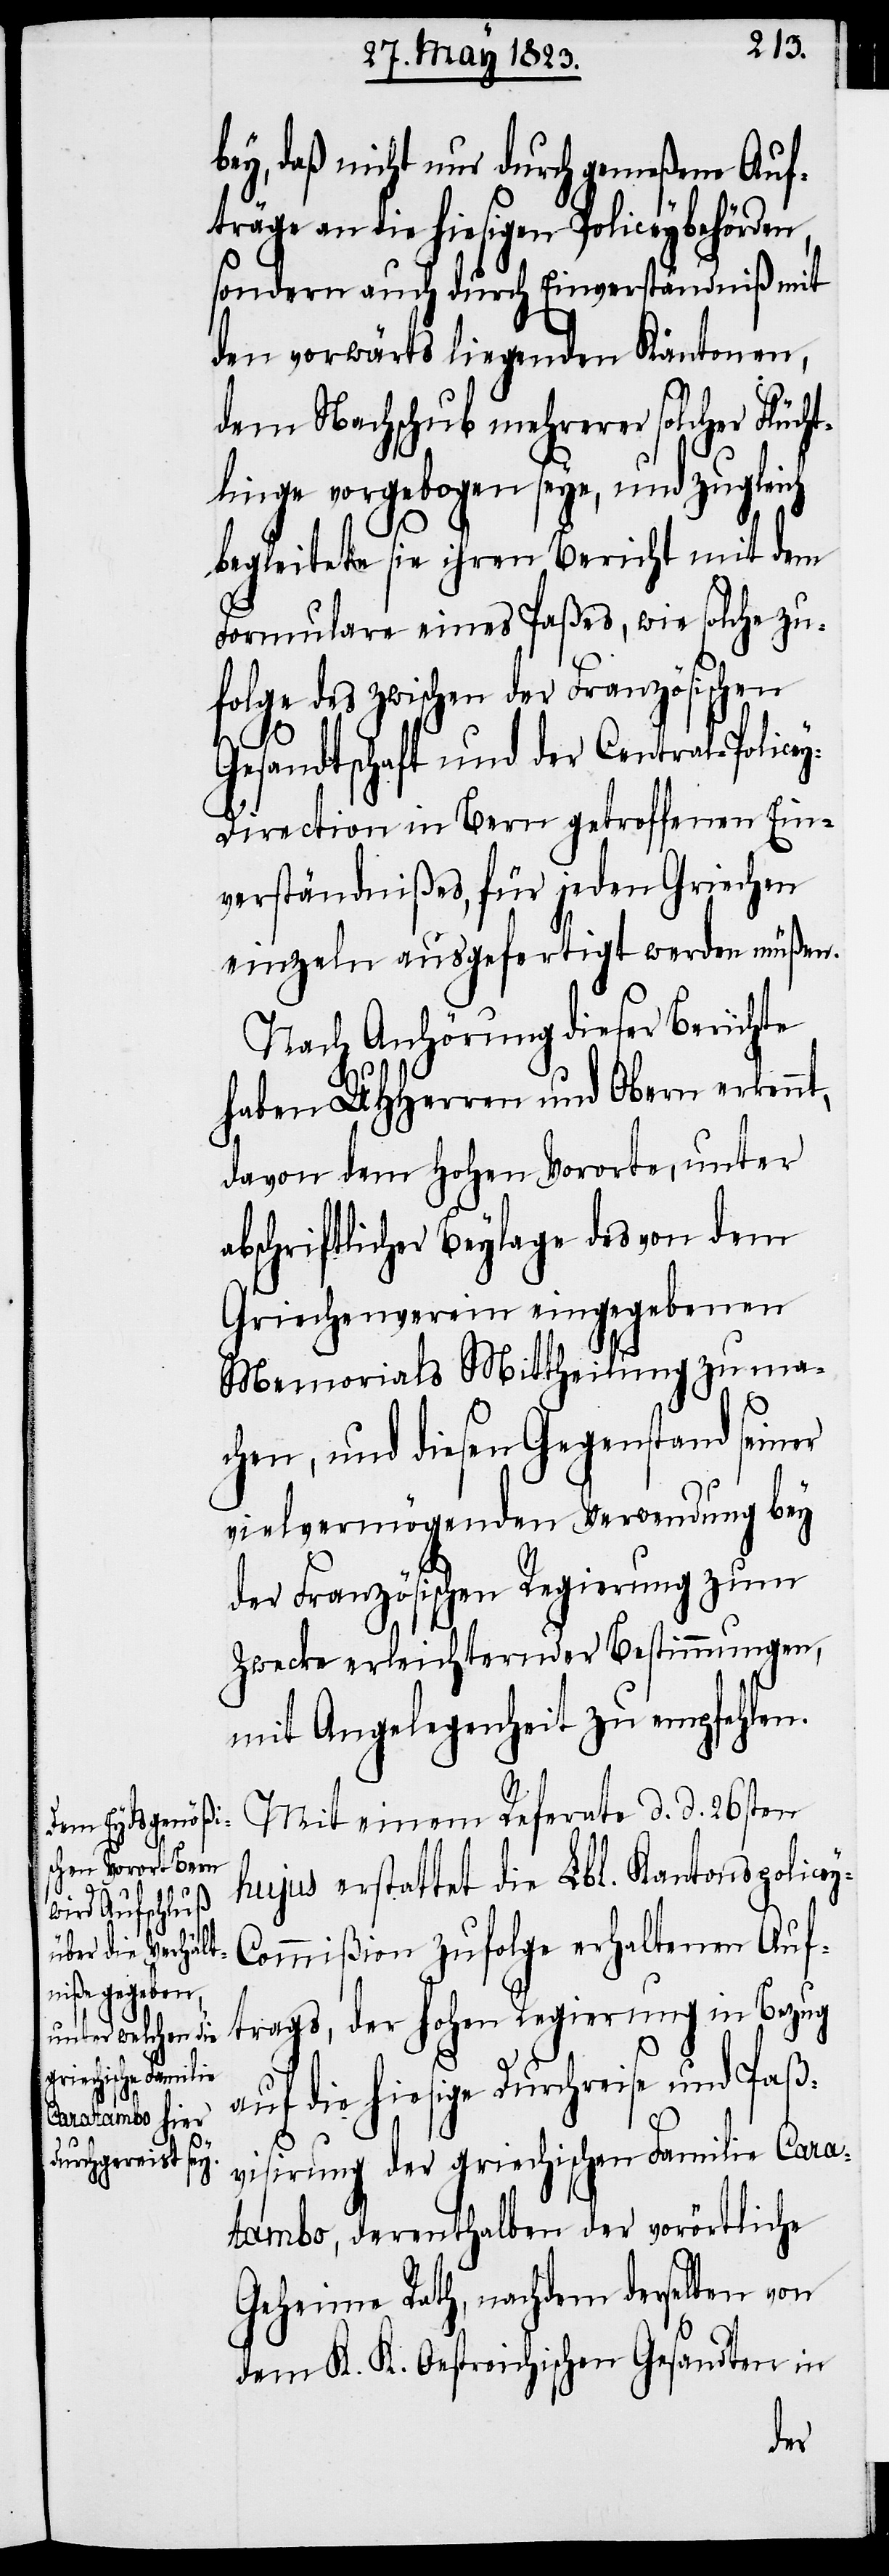
y-C¬

bey, daß nicht nur durch gemeßene Auf¬
träge an die hiesigen Policeybehörden,
sondern auch durch Einverständniß mit
den vorwärts liegenden Kantonen,
dem Nachschub mehrerer solcher Flüch¬
tlinge vorgebogen seye, und zugleich
begleitete sie ihren Bericht mit dem
Formulare eines Paßes, wie solche zu¬
folge des zwischen der Französischen
Gesandtschaft und der Central-Police¬
y-Direction in Bern getroffenen Ein¬
verständnißes, für jeden Griechen
einzeln ausgefertigt werden müßen.
Nach Anhörung dieser Berichte
haben UHHerren und Obern erkennt,
davon dem Hohen Vororte, unter
abschriftlicher Beylage des von dem
Griechenverein eingegebenen
Memorials Mittheilung zu ma¬
chen, und diesen Gegenstand seiner
vielvermögenden Verwendung bey
der Französischen Regierung zum
Zwecke erleichternder Bestimmungen,
mit Angelegenheit zu empfehlen.
Mit einem Referate d. d. 26sten
hujus erstattet die Lbl. Kantonspolice¬
ommißion zufolge erhaltenen Auf¬
trags, der hohen Regierung in Bezug
auf die hiesige Durchreise und Paß¬
visirung der griechischen Familie Cara¬
tambo, derenthalben der vorörtliche
Geheime Rath, nachdem derselben von
dem K. K. Oestreichischen Gesandten in